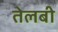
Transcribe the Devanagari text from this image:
तेलबी